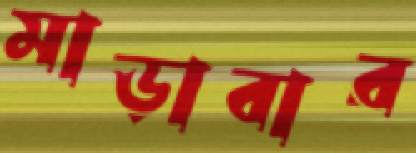
মাড়াবার